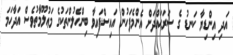
އަދި އިންޑިޔާ ކަނޑު ގެ ސަރަޙައްދަށް އެންމެފަހުން އައިސްފައިވާ ބިންހެލުންތަކުގެ މަޢުލޫމާތުވެސް އަދާހަމަ